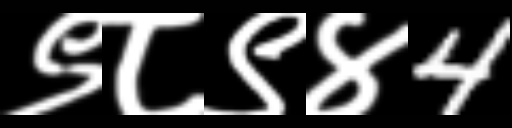
Text: ९८९४4